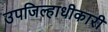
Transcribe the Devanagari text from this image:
उपजिल्हाधीकारी